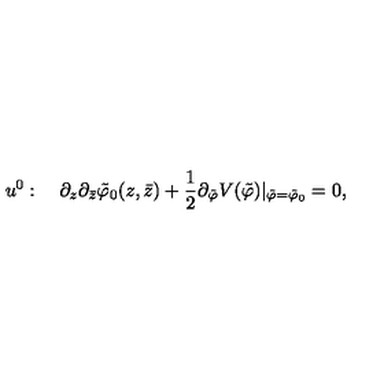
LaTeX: u ^ { 0 } : \quad \partial _ { z } \partial _ { \bar { z } } \tilde { \varphi } _ { 0 } ( z , \bar { z } ) + \frac { 1 } { 2 } \partial _ { \tilde { \varphi } } V ( \tilde { \varphi } ) | _ { \tilde { \varphi } = \tilde { \varphi } _ { 0 } } = 0 ,